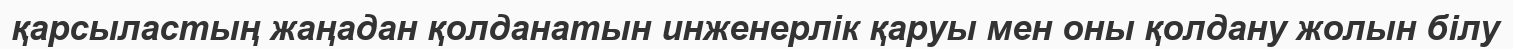
қарсыластың жаңадан қолданатын инженерлік қаруы мен оны қолдану жолын білу